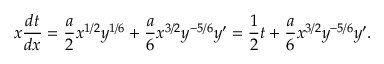
x \frac { d t } { d x } = \frac { a } { 2 } x ^ { 1 / 2 } y ^ { 1 / 6 } + \frac { a } { 6 } x ^ { 3 / 2 } y ^ { - 5 / 6 } y ^ { \prime } = \frac { 1 } { 2 } t + \frac { a } { 6 } x ^ { 3 / 2 } y ^ { - 5 / 6 } y ^ { \prime } .